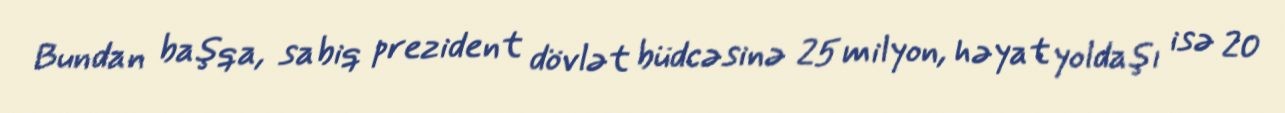
Bundan başqa, sabiq prezident dövlət büdcəsinə 25 milyon, həyat yoldaşı isə 20